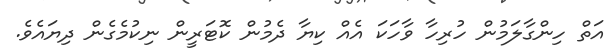
އަތް ހިންގާލަމުން ހުރިހާ ވާހަކަ އެއް ކިޔާ ދެމުން ކޮޓަރީން ނިކުމެގެން ދިޔައެވެ.